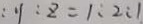
y : z = 1 : 2 : 1